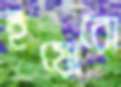
ইয়োরো